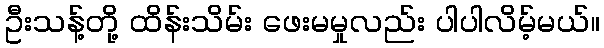
ဦးသန့်တို့ ထိန်းသိမ်း ဖေးမမှုလည်း ပါပါလိမ့်မယ်။